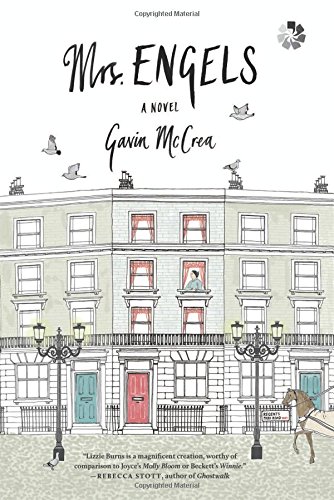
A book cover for Mrs. Engels: A Novel; Gavin McCrea; Romance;